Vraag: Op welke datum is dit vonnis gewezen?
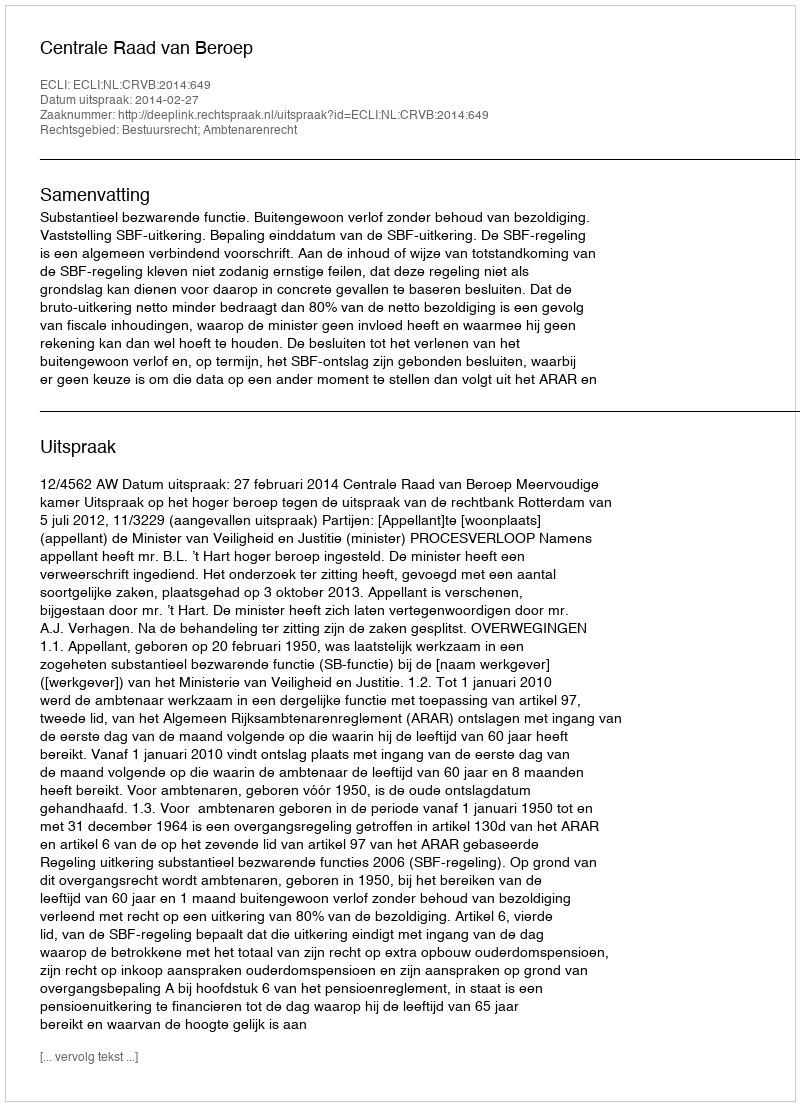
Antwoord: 2014-02-27